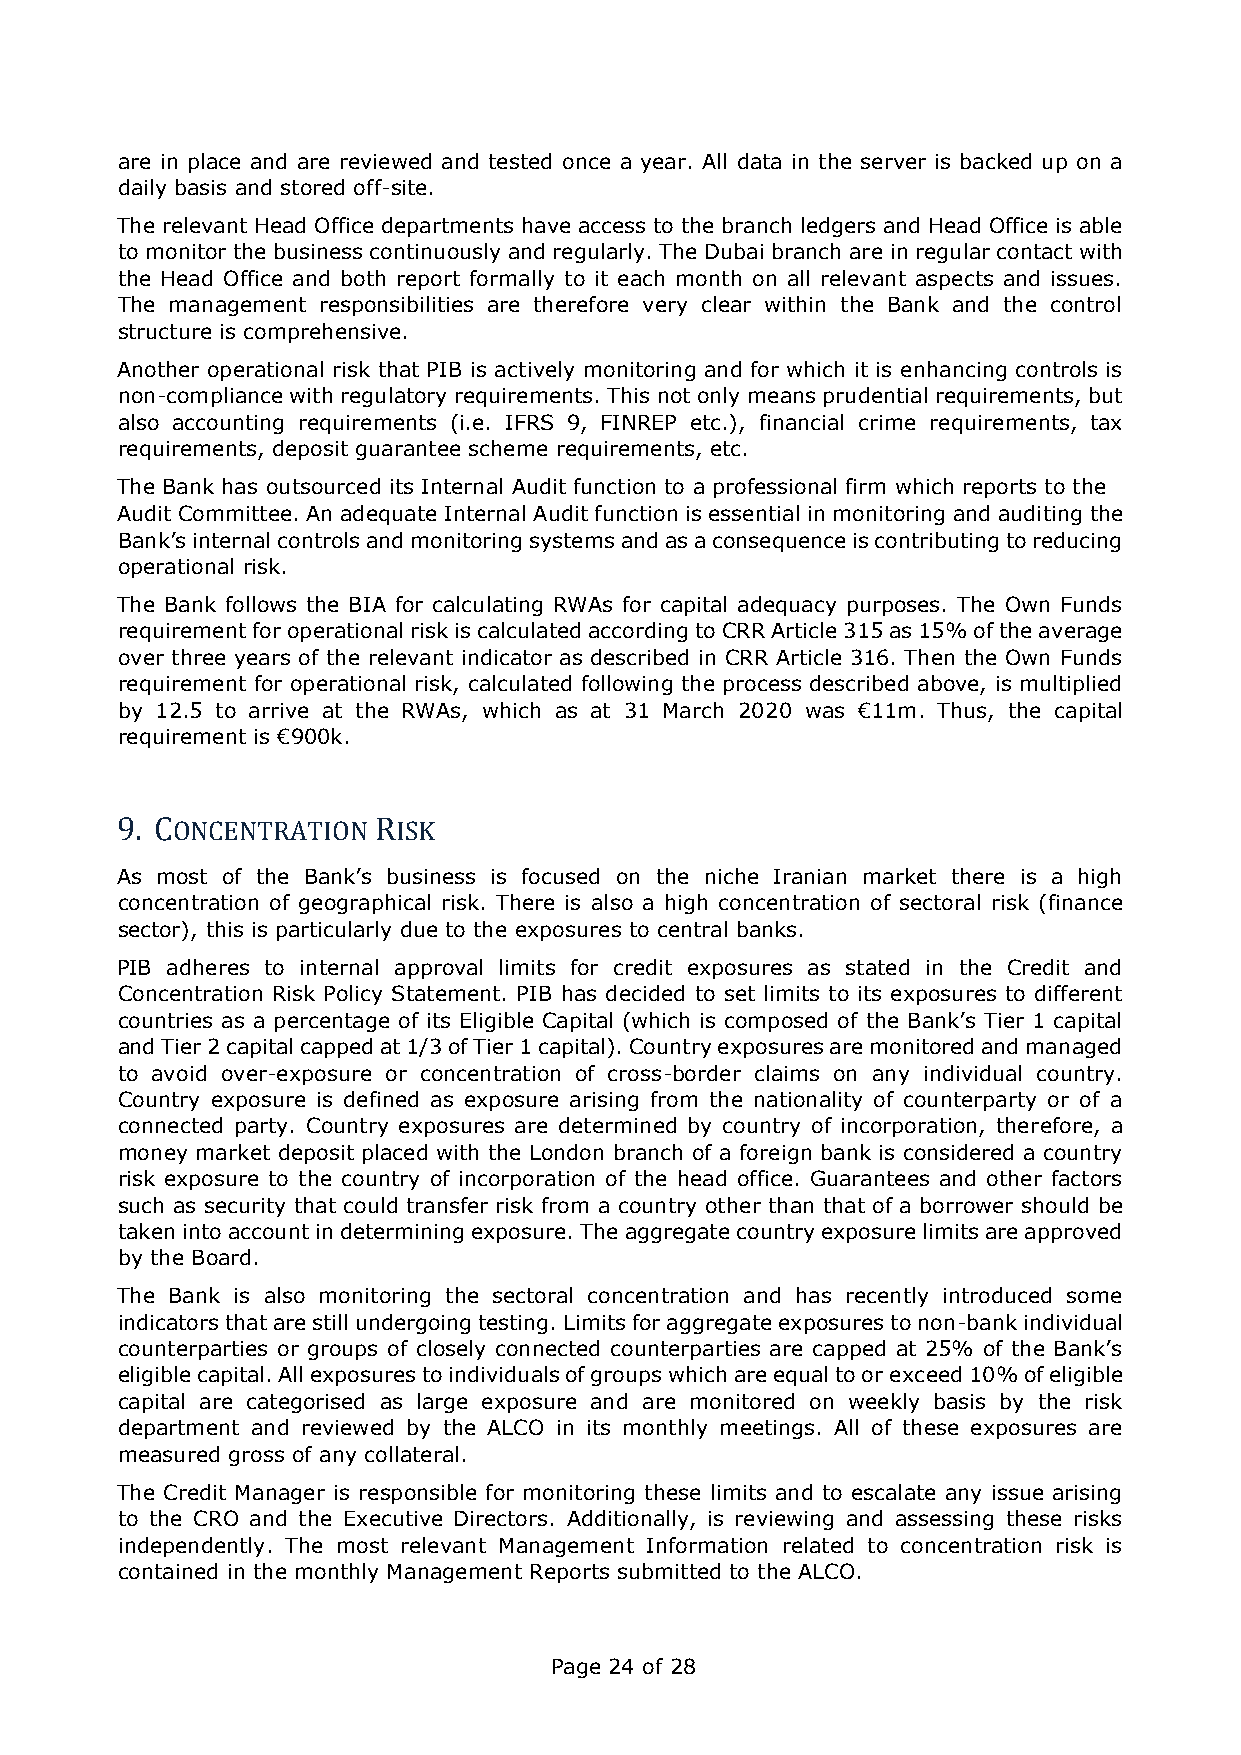
are in place and are reviewed and tested once a year. All data in the server is backed up on a
 daily basis and stored off-site.
 The relevant Head Office departments have access to the branch ledgers and Head Office is able
 to monitor the business continuously and regularly. The Dubai branch are in regular contact with
 the Head Office and both report formally to it each month on all relevant aspects and issues.
 The management responsibilities are therefore very clear within the Bank and the control
 structure is comprehensive.
 Another operational risk that PIB is actively monitoring and for which it is enhancing controls is
 non-compliance with regulatory requirements. This not only means prudential requirements, but
 also accounting requirements (i.e. IFRS 9, FINREP etc.), financial crime requirements, tax
 requirements, deposit guarantee scheme requirements, etc.
 The Bank has outsourced its Internal Audit function to a professional firm which reports to the
 Audit Committee. An adequate Internal Audit function is essential in monitoring and auditing the
 Bank’s internal controls and monitoring systems and as a consequence is contributing to reducing
 operational risk.
 The Bank follows the BIA for calculating RWAs for capital adequacy purposes. The Own Funds
 requirement for operational risk is calculated according to CRR Article 315 as 15% of the average
 over three years of the relevant indicator as described in CRR Article 316. Then the Own Funds
 requirement for operational risk, calculated following the process described above, is multiplied
 by 12.5 to arrive at the RWAs, which as at 31 March 2020 was €11m. Thus, the capital
 requirement is €900k.
 9. CONCENTRATION RISK
 As most of the Bank’s business is focused on the niche Iranian market there is a high
 concentration of geographical risk. There is also a high concentration of sectoral risk (finance
 sector), this is particularly due to the exposures to central banks.
 PIB adheres to internal approval limits for credit exposures as stated in the Credit and
 Concentration Risk Policy Statement. PIB has decided to set limits to its exposures to different
 countries as a percentage of its Eligible Capital (which is composed of the Bank’s Tier 1 capital
 and Tier 2 capital capped at 1/3 of Tier 1 capital). Country exposures are monitored and managed
 to avoid over-exposure or concentration of cross-border claims on any individual country.
 Country exposure is defined as exposure arising from the nationality of counterparty or of a
 connected party. Country exposures are determined by country of incorporation, therefore, a
 money market deposit placed with the London branch of a foreign bank is considered a country
 risk exposure to the country of incorporation of the head office. Guarantees and other factors
 such as security that could transfer risk from a country other than that of a borrower should be
 taken into account in determining exposure. The aggregate country exposure limits are approved
 by the Board.
 The Bank is also monitoring the sectoral concentration and has recently introduced some
 indicators that are still undergoing testing. Limits for aggregate exposures to non-bank individual
 counterparties or groups of closely connected counterparties are capped at 25% of the Bank’s
 eligible capital. All exposures to individuals of groups which are equal to or exceed 10% of eligible
 capital are categorised as large exposure and are monitored on weekly basis by the risk
 department and reviewed by the ALCO in its monthly meetings. All of these exposures are
 measured gross of any collateral.
 The Credit Manager is responsible for monitoring these limits and to escalate any issue arising
 to the CRO and the Executive Directors. Additionally, is reviewing and assessing these risks
 independently. The most relevant Management Information related to concentration risk is
 contained in the monthly Management Reports submitted to the ALCO.
 Page 24 of 28